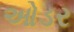
ઓડર